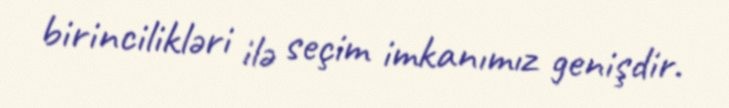
birincilikləri ilə seçim imkanımız genişdir.